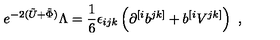
e ^ { - 2 ( \tilde { U } + \tilde { \Phi } ) } \Lambda = { \frac { 1 } { 6 } } \epsilon _ { i j k } \left( \partial ^ { [ i } b ^ { j k ] } + b ^ { [ i } V ^ { j k ] } \right) \ ,